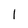
Character: 1